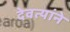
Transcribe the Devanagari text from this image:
देवत्यांने